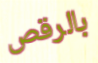
بالرقص